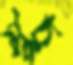
মুচ্